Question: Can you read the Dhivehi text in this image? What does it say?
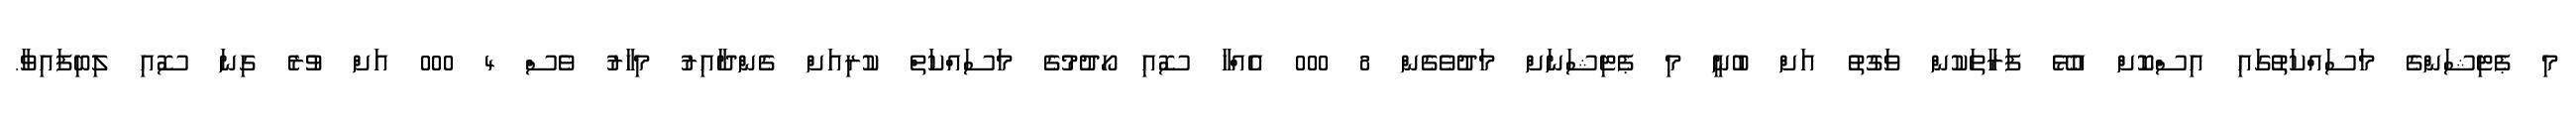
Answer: މި ޕެޓިޝަންގެ މަސައްކަތުގައި އިސްކޮށް އުޅޭ ފަރާތަކުން ވަގުތު އަށް ބުނީ މި ޕެޓިޝަނަށް މަދުވެގެން 8 000 އެއްހާ ސޮއި ހޯދުމުގެ މަސައްކަތް ކުރިއަށް ގެންދާއިރު މިހާރު ވެސް 4 000 އަށް ވުރެ ގިނަ ސޮއި ލިބިފައިވާ.